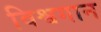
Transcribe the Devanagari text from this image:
विश्वगान